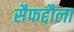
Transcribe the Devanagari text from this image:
सैफद्दौला